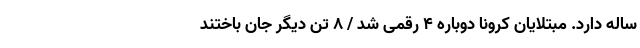
ساله دارد. مبتلایان کرونا دوباره ۴ رقمی شد / ۸ تن دیگر جان‌ باختند